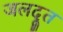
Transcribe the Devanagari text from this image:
जलदूत